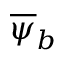
\overline { { \psi } } _ { b }